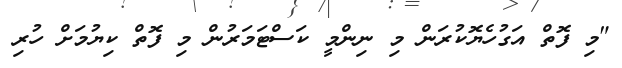
"މި ފޮތް އަގުހެޔޮކުރަން މި ނިންމީ ކަސްޓަމަރުން މި ފޮތް ކިޔުމަށް ހުރި